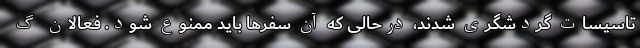
تاسیسات گردشگری شدند، درحالی که آن سفرها باید ممنوع شود. فعالان گ